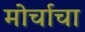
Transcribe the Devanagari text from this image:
मोर्चाचा